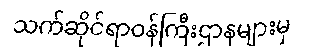
သက်ဆိုင်ရာဝန်ကြီးဌာနများမှ